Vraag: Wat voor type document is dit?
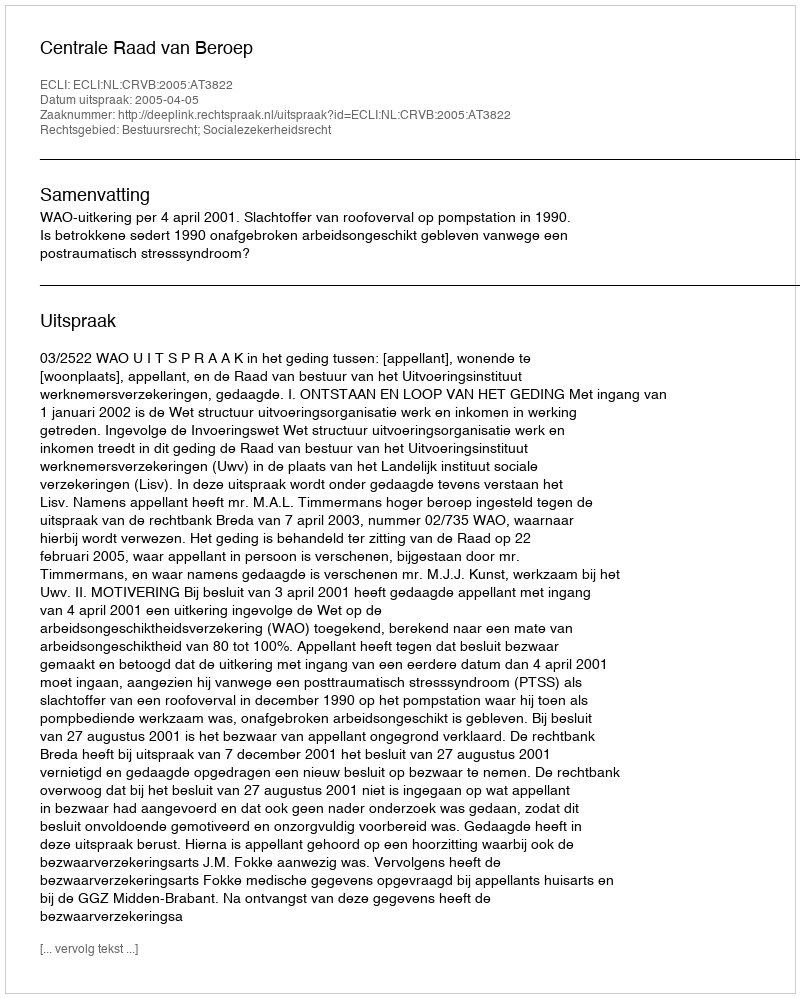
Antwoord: Uitspraak